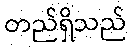
တည်ရှိသည်